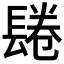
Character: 𨲏